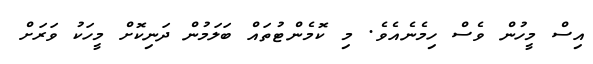
އިސް މީހުން ވެސް ހިމެނެއެވެ. މި ކޮމެންޓުތައް ބަލަމުން ދަނިކޮށް މީހަކު ވަރަށް